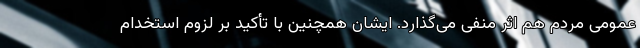
عمومی مردم هم اثر منفی می‌گذارد. ایشان همچنین با تأکید بر لزوم استخدام